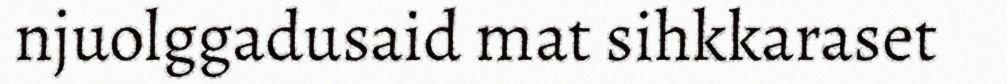
njuolggadusaid mat sihkkaraset